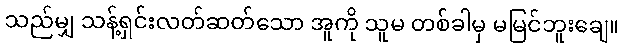
သည်မျှ သန့်ရှင်းလတ်ဆတ်သော အူကို သူမ တစ်ခါမှ မမြင်ဘူးချေ။